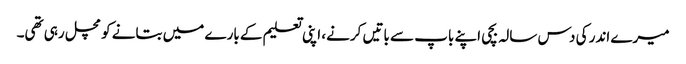
میرے اندر کی دس سالہ بچی اپنے باپ سے باتیں کرنے، اپنی تعلیم کے بارے میں بتانے کو مچل رہی تھی۔